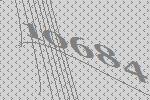
10684